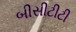
બીસીટીટી